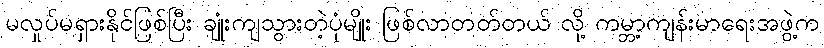
မလှုပ်မရှားနိုင်ဖြစ်ပြီး ချုံးကျသွားတဲ့ပုံမျိုး ဖြစ်လာတတ်တယ် လို့ ကမ္ဘာ့ကျန်းမာရေးအဖွဲ့က